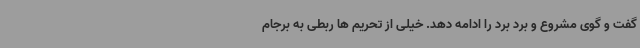
گفت و گوی مشروع و برد برد را ادامه دهد. خیلی از تحریم ها ربطی به برجام